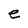
Character: e